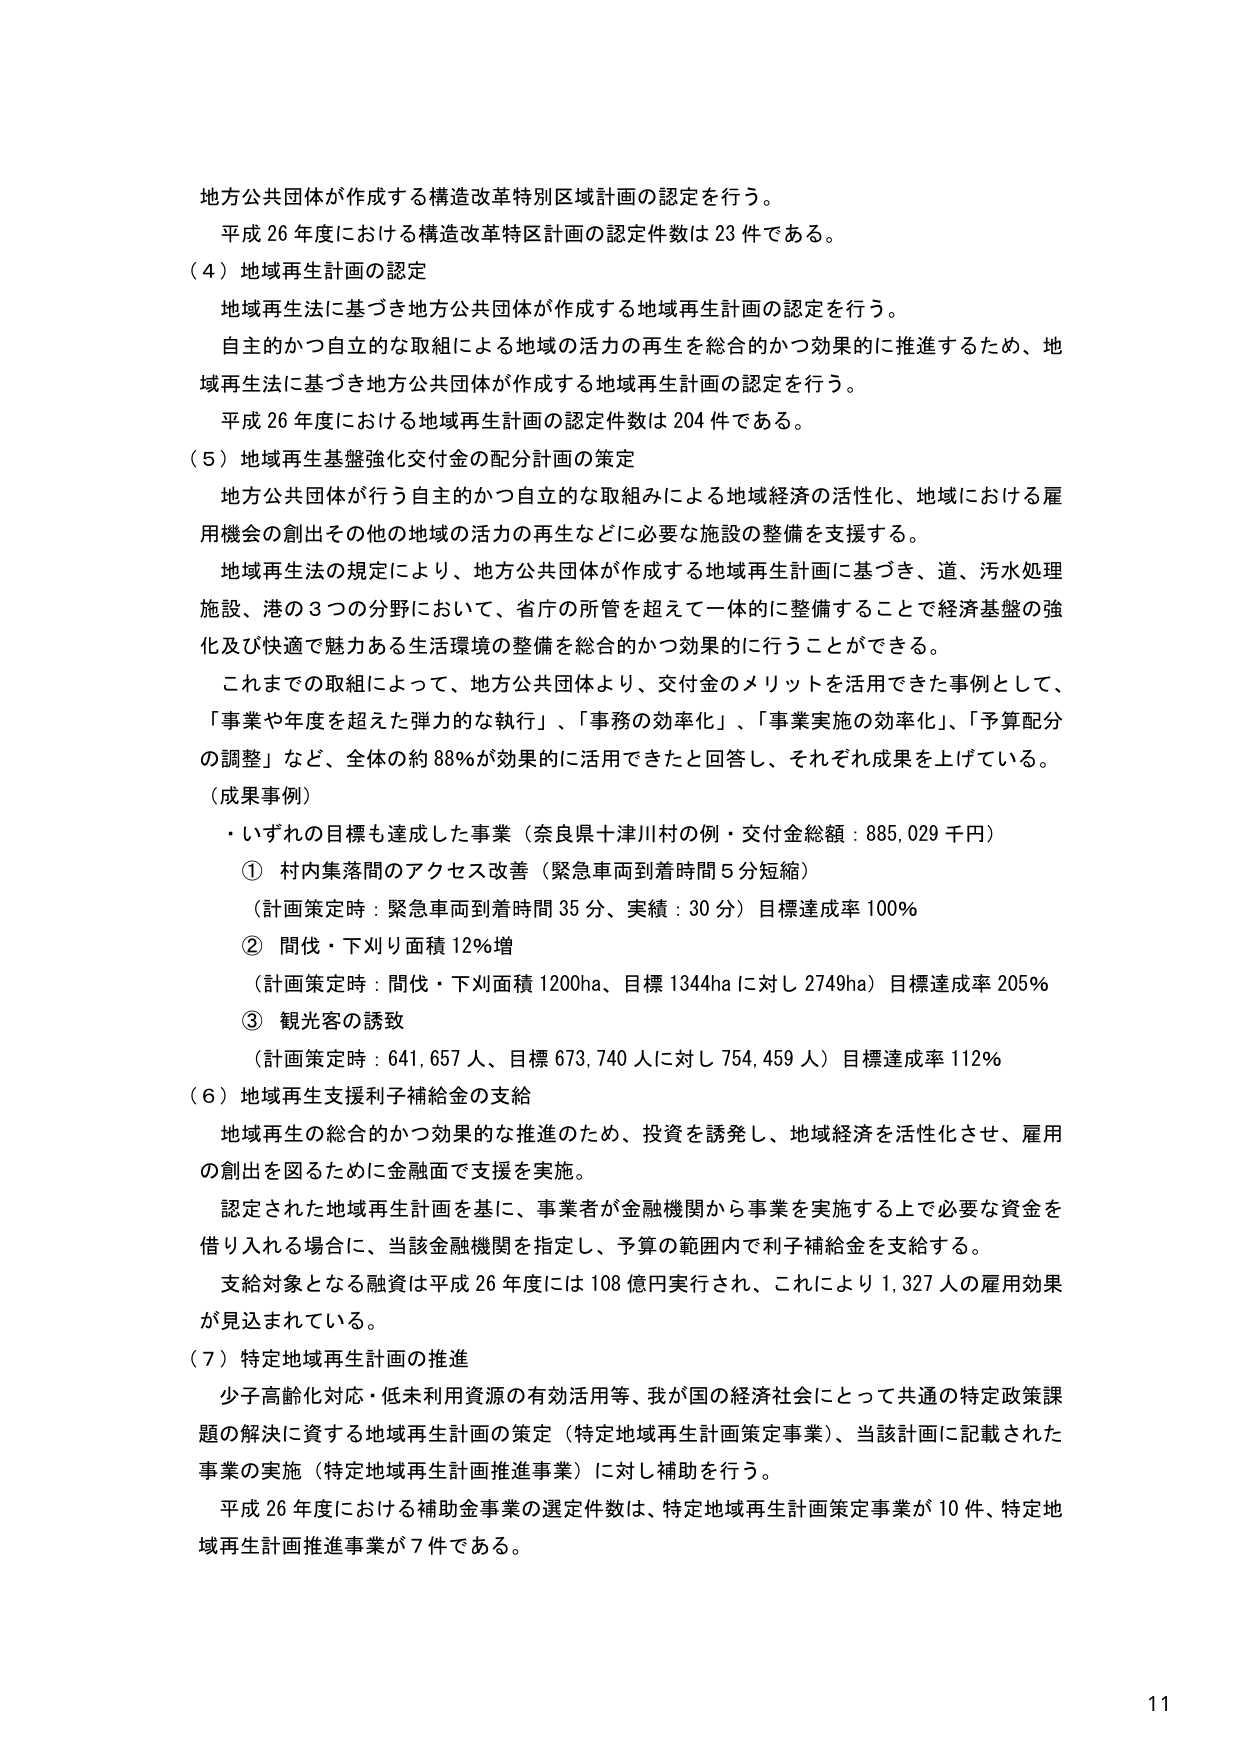
地方公共団体が作成する構造改革特別区域計画の認定を行う。
平成26年度における構造改革特区計画の認定件数は23件である。

（4）地域再生計画の認定
地域再生法に基づき地方公共団体が作成する地域再生計画の認定を行う。
自主的かつ自立的な取組による地域の活力の再生を総合的かつ効果的に推進するため、地域再生法に基づき地方公共団体が作成する地域再生計画の認定を行う。
平成26年度における地域再生計画の認定件数は204件である。

（5）地域再生基盤強化交付金の配分計画の策定
地方公共団体が行う自主的かつ自立的な取組みによる地域経済の活性化、地域における雇用機会の創出その他の地域の活力の再生などに必要な施設の整備を支援する。
地域再生法の規定により、地方公共団体が作成する地域再生計画に基づき、道、汚水処理施設、港の3つの分野において、省庁の所管を超えて一体的に整備することで経済基盤の強化及び快適で魅力ある生活環境の整備を総合的かつ効果的に行うことができる。
これまでの取組によって、地方公共団体より、交付金のメリットを活用できた事例として、「事業や年度を超えた弾力的な執行」、「事務の効率化」、「事業実施の効率化」、「予算配分の調整」など、全体の約88％が効果的に活用できたと回答し、それぞれ成果を上げている。

（成果事例）
・いずれの目標も達成した事業（奈良県十津川村の例・交付金総額：885,029千円）
① 村内集落間のアクセス改善（緊急車両到着時間5分短縮）
（計画策定時：緊急車両到着時間35分、実績：30分）目標達成率100％
② 間伐・下刈り面積12％増
（計画策定時：間伐・下刈面積1200ha、目標1344haに対し2749ha）目標達成率205％
③ 観光客の誘致
（計画策定時：641,657人、目標673,740人に対し754,459人）目標達成率112％

（6）地域再生支援利子補給金の支給
地域再生の総合的かつ効果的な推進のため、投資を誘発し、地域経済を活性化させ、雇用の創出を図るために金融面で支援を実施。
認定された地域再生計画を基に、事業者が金融機関から事業を実施する上で必要な資金を借り入れる場合に、当該金融機関を指定し、予算の範囲内で利子補給金を支給する。
支給対象となる融資は平成26年度には108億円実行され、これにより1,327人の雇用効果が見込まれている。

（7）特定地域再生計画の推進
少子高齢化対応・低未利用資源の有効活用等、我が国の経済社会にとって共通の特定政策課題の解決に資する地域再生計画の策定（特定地域再生計画策定事業）、当該計画に記載された事業の実施（特定地域再生計画推進事業）に対し補助を行う。
平成26年度における補助金事業の選定件数は、特定地域再生計画策定事業が10件、特定地域再生計画推進事業が7件である。

11